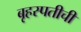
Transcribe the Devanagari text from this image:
बृहस्पतीची